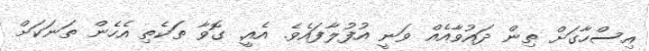
އިސްހާގަށް ތިން ދައުވާއެއް ވަނީ އުފުލާފައެވެ. އެއީ